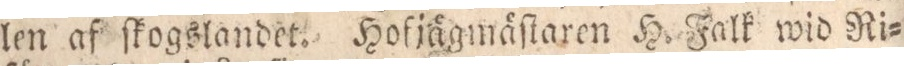
len af ſkogslandet. Hofjägmäſtaren H. Falk wid Ri=